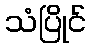
သံပြိုင်